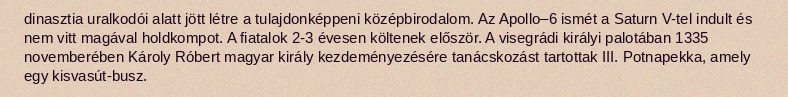
dinasztia uralkodói alatt jött létre a tulajdonképpeni középbirodalom. Az Apollo–6 ismét a Saturn V-tel indult és nem vitt magával holdkompot. A fiatalok 2-3 évesen költenek először. A visegrádi királyi palotában 1335 novemberében Károly Róbert magyar király kezdeményezésére tanácskozást tartottak III. Potnapekka, amely egy kisvasút-busz.